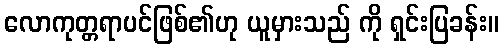
လောကုတ္တရာပင်ဖြစ်၏ဟု ယူမှားသည် ကို ရှင်းပြခန်း။